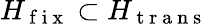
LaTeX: H_{\mathrm{~f~i~x~}}\subset H_{\mathrm{~t~r~a~n~s~}}